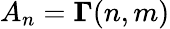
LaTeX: A_{n}={\mathbf\Gamma}(n,m)